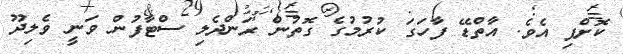
ކޮށްފި އެވެ. އާތްޑޭ ފާހަގަ ކުރުމުގެ ގޮތުން ރަންދެލި ސްޓާފުން ވަނީ ވެލިދޫ